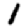
Digit: 1